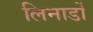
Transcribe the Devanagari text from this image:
लिनार्डो